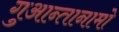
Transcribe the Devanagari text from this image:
गुआन्तानामो